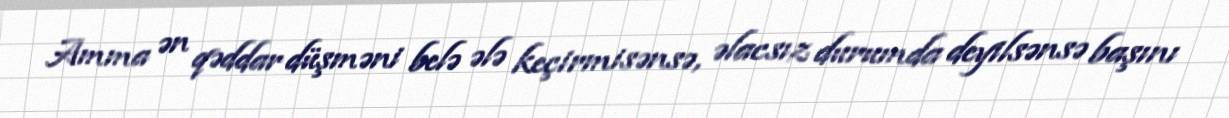
Amma ən qəddar düşməni belə ələ keçirmisənsə, əlacsız durumda deyilsənsə başını